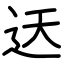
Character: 迗